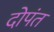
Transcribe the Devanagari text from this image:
दोपंत